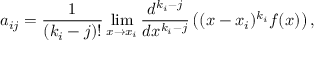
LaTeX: a _ { i j } = { \frac { 1 } { ( k _ { i } - j ) ! } } \operatorname* { l i m } _ { x \to x _ { i } } { \frac { d ^ { k _ { i } - j } } { d x ^ { k _ { i } - j } } } \left( ( x - x _ { i } ) ^ { k _ { i } } f ( x ) \right) ,